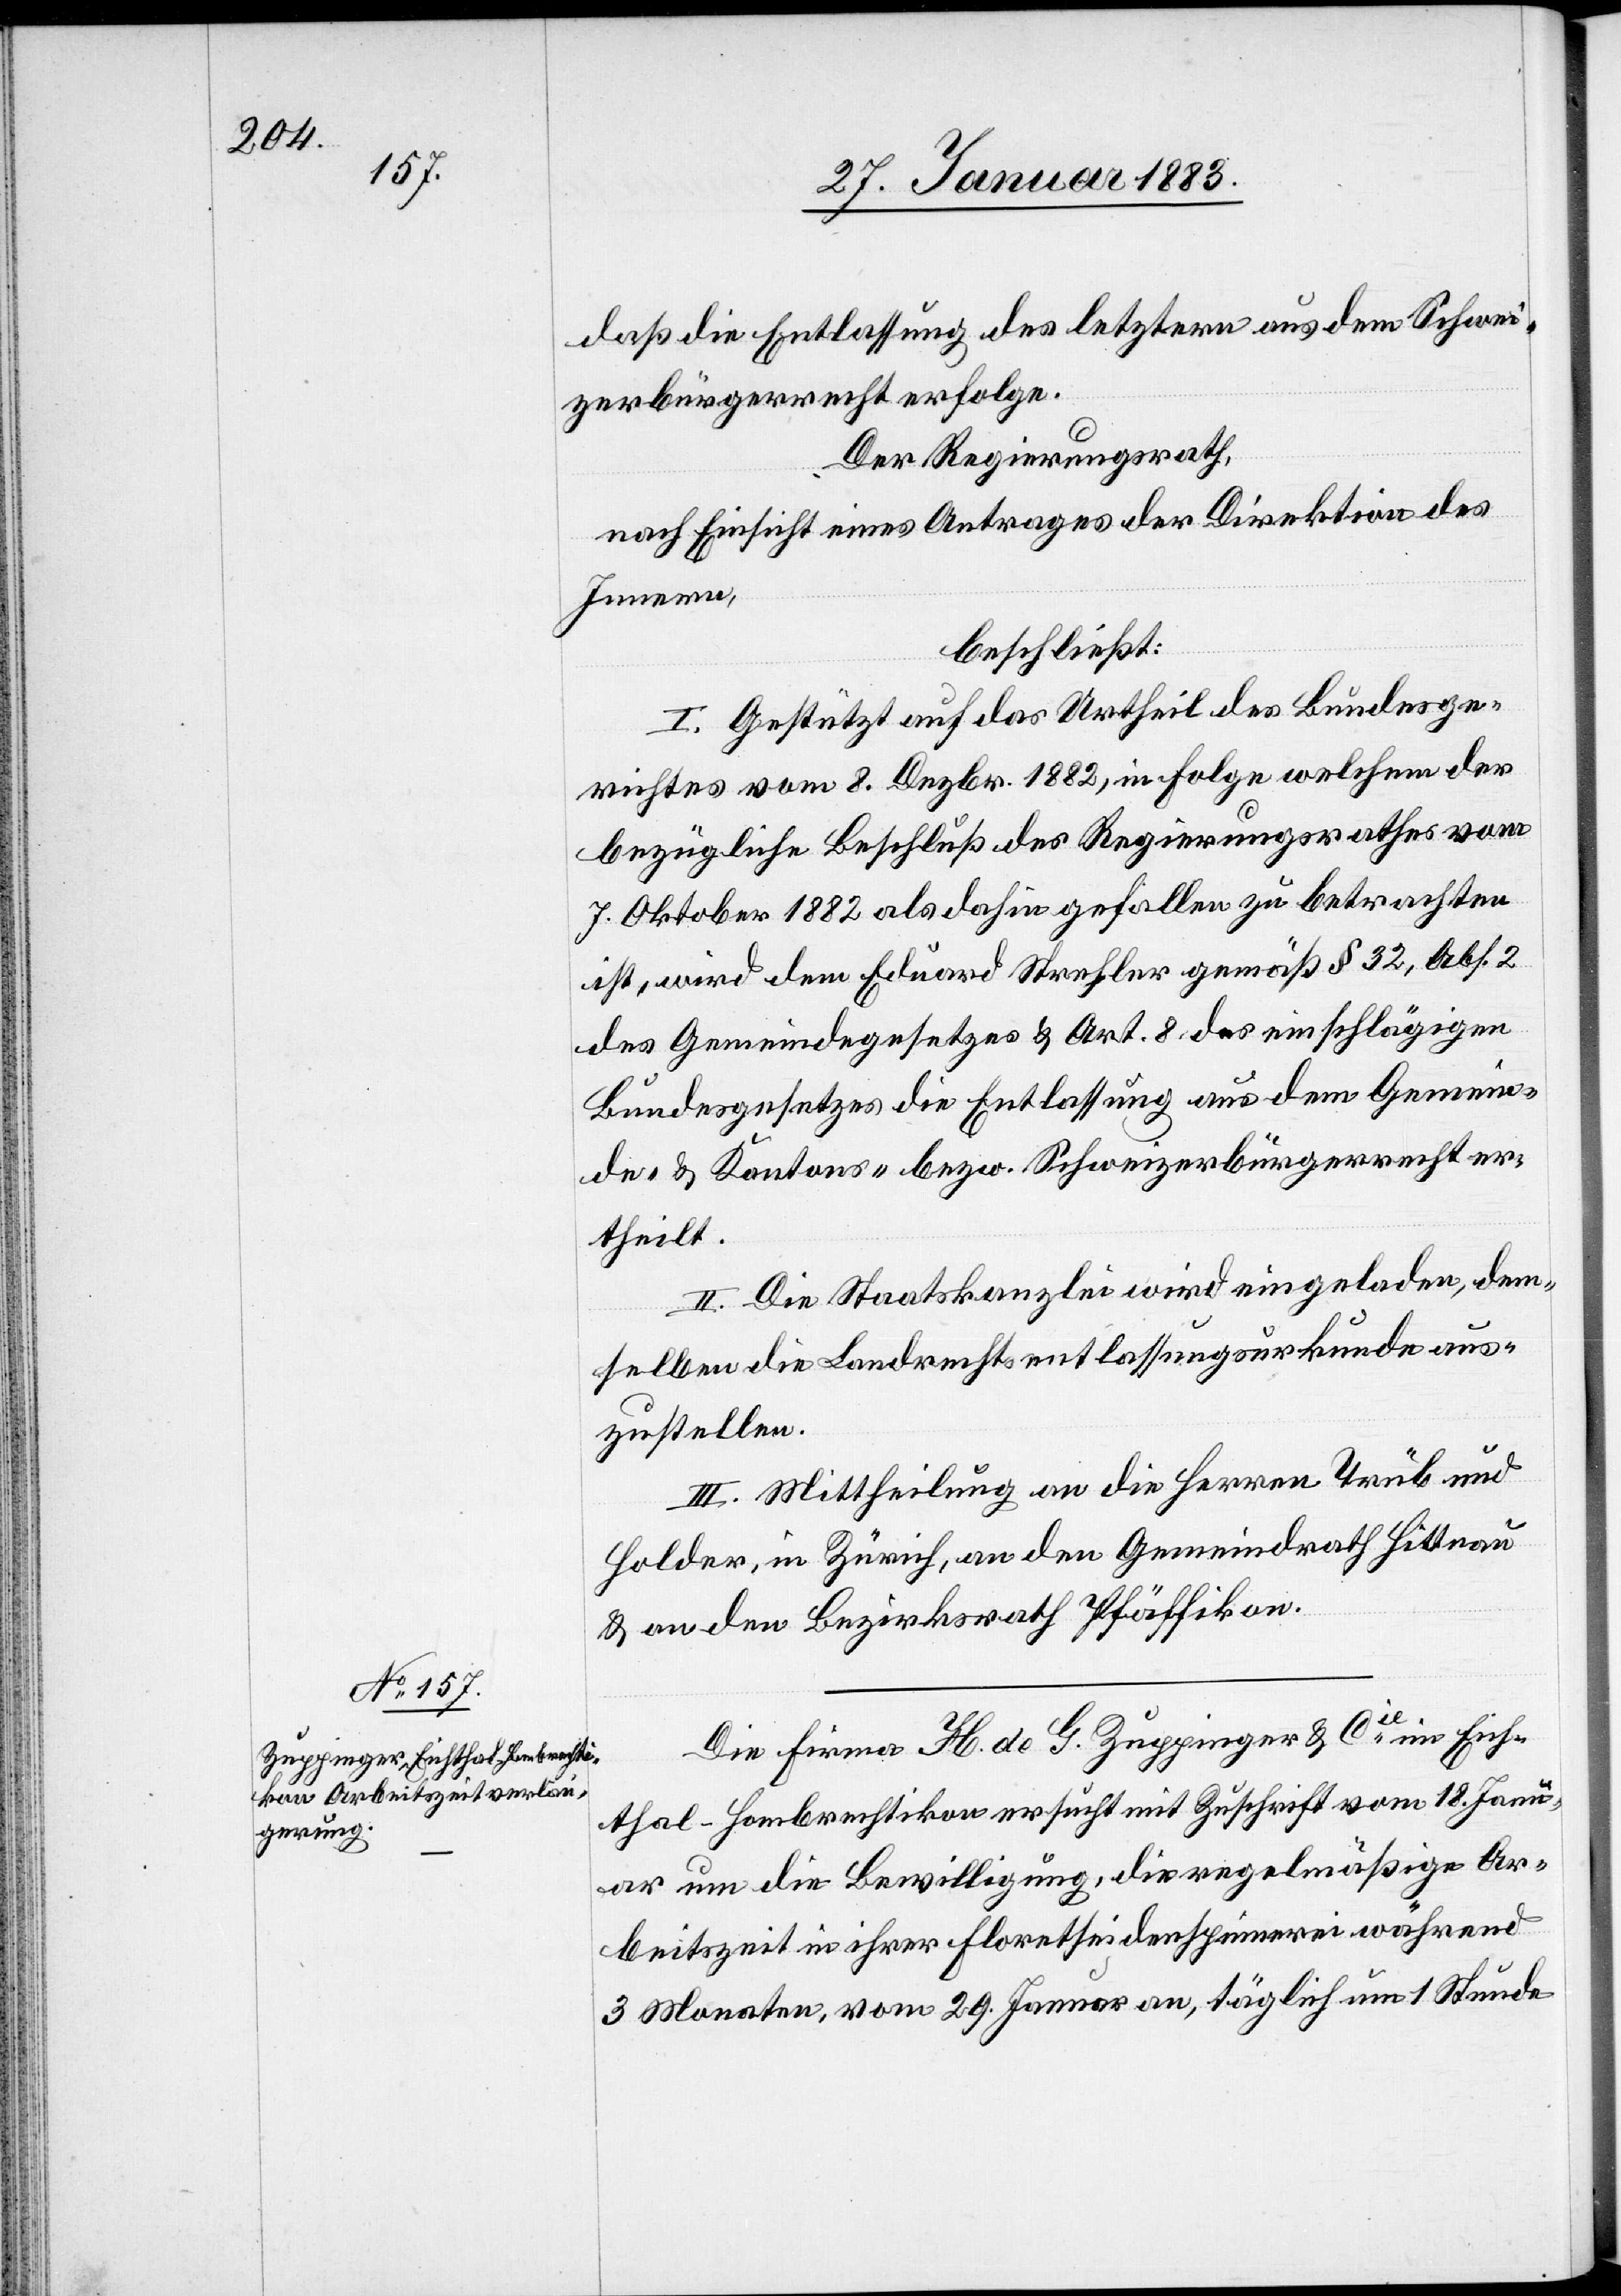
daß die Entlassung des letztern aus dem Schwei¬
zerbürgerrecht erfolge.
Der Regierungsrath,
nach Einsicht eines Antrages der Direktion des
Innern,
beschließt:
I. Gestützt auf das Urtheil des Bundesge¬
richtes vom 8. Dezbr. 1882, in Folge welchem der
bezügliche Beschluß des Regierungsrathes vom
7. Oktober 1882 als dahin gefallen zu betrachten
ist, wird dem Eduard Strehler gemäß § 32, Abs. 2
des Gemeindegesetzes & Art. 8 des einschlägigen
Bundesgesetzes die Entlassung aus dem Gemein¬
de- & Kantons- bezw. Schweizerbürgerrecht er¬
theilt.
II. Die Staatskanzlei wird eingeladen, dem¬
selben die Landrechtsentlassungsurkunde aus¬
zustellen.
III. Mittheilung an die Herren Trüb und
Holder, in Zürich, an den Gemeindrath Hittnau
& an den Bezirksrath Pfäffikon.
Die Firma H. de G. Zuppinger & Cie im Eich¬
thal - Hombrechtikon ersucht mit Zuschrift vom 18. Janu¬
ar um die Bewilligung, die regelmäßige Ar¬
beitszeit in ihrer Floretseidenspinnerei während
3 Monaten, vom 29. Januar an, täglich um 1 Stunde